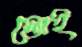
স্তোই